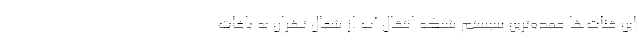
این قنات‌ها عمده‌ترین سیستم شبکه انتقال آب از شمال تهران به باغات